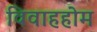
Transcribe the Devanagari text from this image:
विवाहहोम